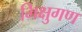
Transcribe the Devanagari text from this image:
भिक्षुगण